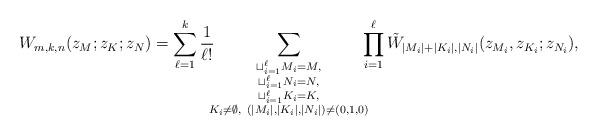
LaTeX: \begin{align*}W_{m,k,n}(z_M;z_K;z_N)=\sum_{\ell=1}^k\frac{1}{\ell!}\!\!\!\sum_{\substack{\sqcup_{i=1}^\ell M_i=M,\\\sqcup_{i=1}^\ell N_i=N,\\\sqcup_{i=1}^\ell K_i=K,\\K_i\ne\emptyset,~(|M_i|,|K_i|,|N_i|)\ne (0,1,0)}}\!\!\!\prod_{i=1}^\ell \tilde W_{|M_i|+|K_i|,|N_i|}(z_{M_i},z_{K_i};z_{N_i}),\end{align*}